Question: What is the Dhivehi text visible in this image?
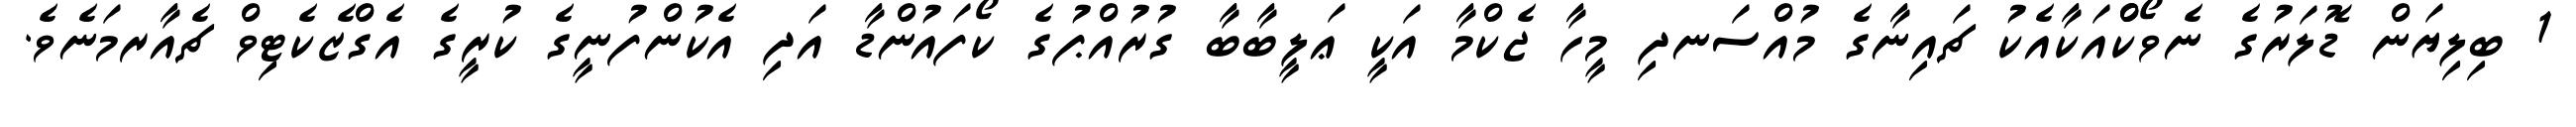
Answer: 1 ބިލިޔަން ޑޮލަރުގެ ނެވޯކްްއަކާއެކު ޗައިނާގެ މުއްސަނދި މީހާ ޖެކްމާ އަކީ ޢަލީބާބާ ގުރުއްޕުގެ ކޯފައުންޑާ އަދި އެކުންފުނީގެ ކުރީގެ އެގްޒެކެޓިވް ޗެއާރމަނެވެ.